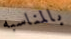
بالمناسبه